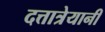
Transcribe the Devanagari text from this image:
दत्तात्रेयानी